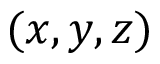
( x , y , z )